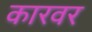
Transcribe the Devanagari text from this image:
कारवर